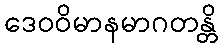
ဒေဝဝိမာနမာဂတန္တိ